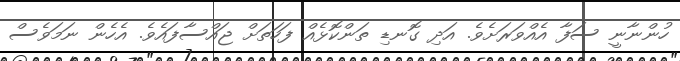
ހުންނާނީ ސަފާ އެއްވަރަށެވެ. އަދި ގޮނޑި ތަންކޮޅެއް ފަހަތަށް ޖައްސާފައެވެ. އެހެން ނަމަވެސް